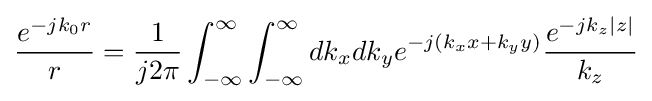
{\frac {e^{-jk_{0}r}}{r}}={\frac {1}{j2\pi }}\int _{-\infty }^{\infty }\int _{-\infty }^{\infty }dk_{x}dk_{y}e^{-j(k_{x}x+k_{y}y)}{\frac {e^{-jk_{z}|z|}}{k_{z}}}